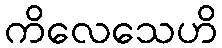
ကိလေသေဟိ